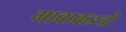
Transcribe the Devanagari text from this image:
गावाकडची